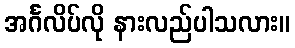
အင်္ဂလိပ်လို နားလည်ပါသလား။